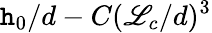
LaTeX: \mathtt{h}_{0}/d-C(\mathscr{L}_{c}/d)^{3}